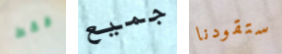
فقط جميع ستقودنا